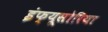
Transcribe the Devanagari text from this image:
इंफ्यूसोरिया